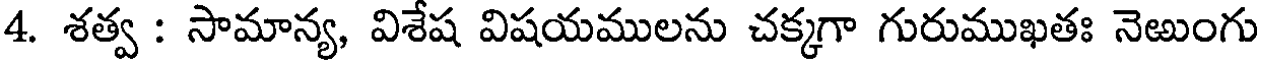
4. శత్వ : సామాన్య, విశేష విషయములను చక్కగా గురుముఖతః నెఱుంగు